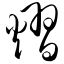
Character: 熠